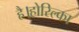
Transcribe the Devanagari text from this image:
है।होरिल्का